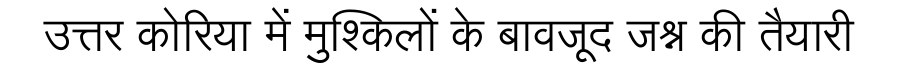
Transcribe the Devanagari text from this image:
उत्तर कोरिया में मुश्किलों के बावजूद जश्न की तैयारी